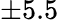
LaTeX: \pm 5.5